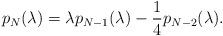
LaTeX: \begin{align*}p_N(\lambda) = \lambda p_{N-1}(\lambda) - \frac{1}{4} p_{N-2}(\lambda).\end{align*}